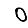
Digit: 0